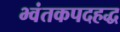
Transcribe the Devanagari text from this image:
भ्वंतकपदहद्ध